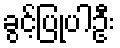
ခွင့်ပြုပါဦး